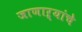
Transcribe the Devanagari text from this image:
जाणाऱ्यांचे